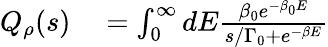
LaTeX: \begin{array}{rl}{Q_{\rho}(s)}&{{}=\int_{0}^{\infty}dE\frac{\beta_{0}e^{-\beta_{0}E}}{s/\Gamma_{0}+e^{-\beta E}}}\end{array}